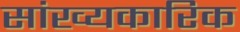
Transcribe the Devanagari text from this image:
सांख्यकारिक